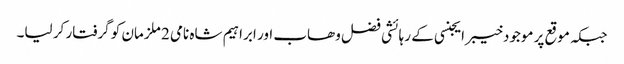
جبکہ موقع پر موجودخیبر ایجنسی کے رہائشی فضل وھاب اور ابراہیم شاہ نامی 2 ملزمان کو گرفتار کر لیا۔